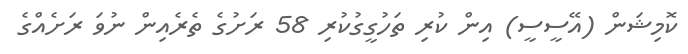
ކޮމިޝަން (އޭސީސީ) އިން ކުރި ތަހުގީގުކުރި 58 ރަށުގެ ތެރެއިން ނުވަ ރަށެއްގެ